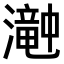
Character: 𤁘